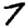
Digit: 7